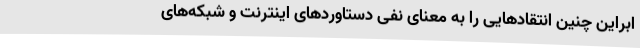
ابراین چنین انتقادهایی را به معنای نفی دستاوردهای اینترنت و شبکه‌های